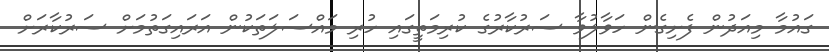
ގައުމާ މިއަދުން ފެށިގެން ހަވާލުވާ ސަރުކާރުގެ ކުރިމަތީގައި ހުރި މައްސަލަތަކުން އަރައިގަތުމަށް ސަރުކާރަށް